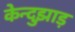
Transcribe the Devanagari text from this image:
केन्दुझाड़